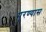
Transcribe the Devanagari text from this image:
पुरण्यास